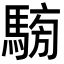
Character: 𩤐